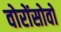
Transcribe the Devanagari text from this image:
वोरोंसोवो